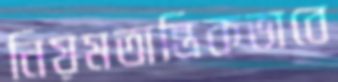
নিয়মতান্ত্রিকভাবে